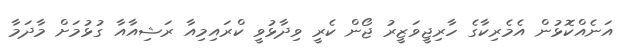
އަނެއްކޮޅުން އެމެރިކާގެ ހާރިޖީވަޒީރު ޖޯން ކެރީ ވިދާޅުވީ ކްރައިމިއާ ރަޝިއާއާ ގުޅުމަށް މާދަމާ